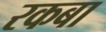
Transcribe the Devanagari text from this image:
रकबा